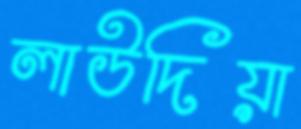
লাউদিয়া